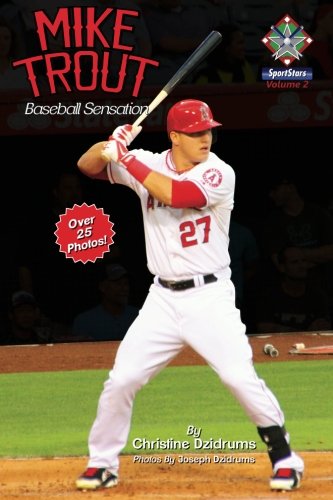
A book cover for Mike Trout: Baseball Sensation: SportStars Volume 2; Christine Dzidrums; Children's Books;